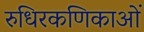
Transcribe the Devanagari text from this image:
रुधिरकणिकाओं